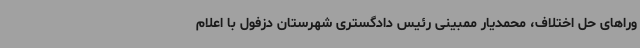
وراهای حل اختلاف، محمدیار ممبینی رئیس دادگستری شهرستان دزفول با اعلام